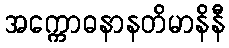
အက္ကောဓနာနတိမာနိနီ